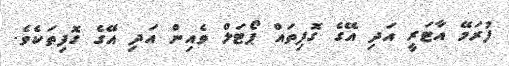
ފުރަމޭ އާޓަރީ އަދި އޭގެ ގޮފިތައް ޕޯޓަލް ވެއިން އަދި އޭގެ ގޮފިތަކެވެ.